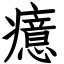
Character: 癔